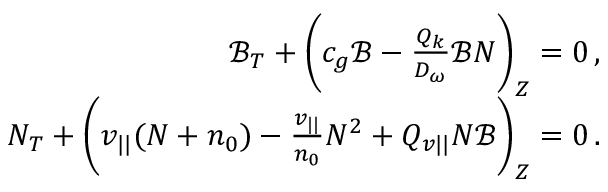
\begin{array} { r } { \mathscr { B } _ { T } + \bigg ( c _ { g } \mathscr { B } - \frac { Q _ { k } } { D _ { \omega } } \mathscr { B } N \bigg ) _ { Z } = 0 \, , } \\ { N _ { T } + \bigg ( v _ { | | } ( N + n _ { 0 } ) - \frac { v _ { | | } } { n _ { 0 } } N ^ { 2 } + Q _ { v { | | } } N \mathscr { B } \bigg ) _ { Z } = 0 \, . } \end{array}